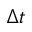
\Delta t